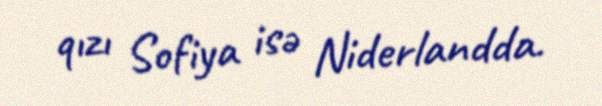
qızı Sofiya isə Niderlandda.